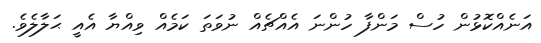
އަނެއްކޮޅުން ހުސް މަންފާ ހުންނަ އެއްޗެއް ނުވަތަ ކަމެއް ވިއްޔާ އެއީ ޙަލާލެވެ.